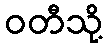
ဝတီသို့